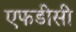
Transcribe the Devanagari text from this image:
एफडीसी